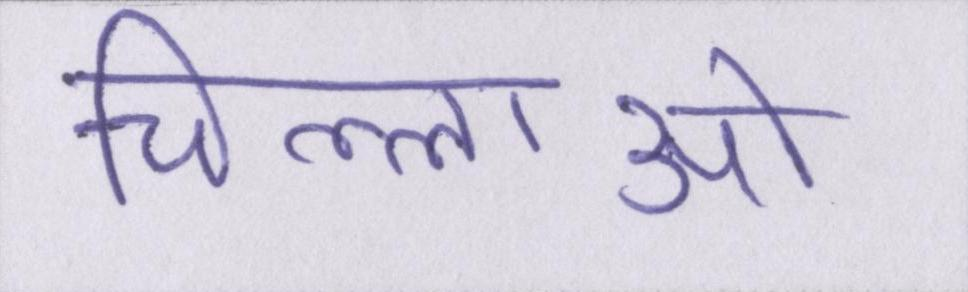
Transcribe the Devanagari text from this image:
चिल्लाओ